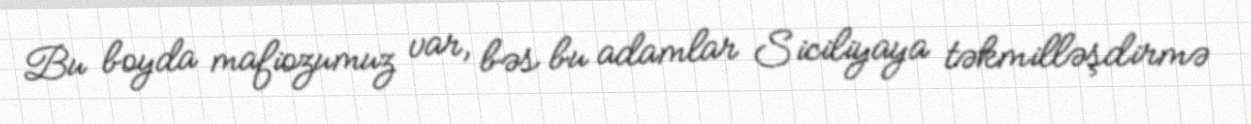
Bu boyda mafiozumuz var, bəs bu adamlar Siciliyaya təkmilləşdirmə